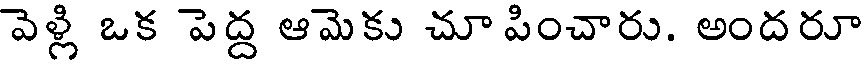
వెళ్లి ఒక పెద్ద ఆమెకు చూ పించారు. అందరూ